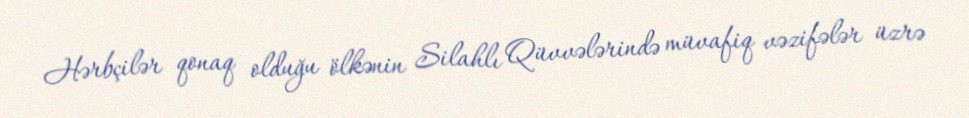
Hərbçilər qonaq olduğu ölkənin Silahlı Qüvvələrində müvafiq vəzifələr üzrə